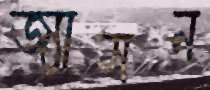
জ্যাসন